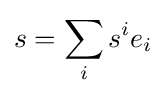
s=\sum _{i}s^{i}e_{i}